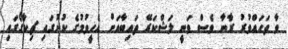
ވާ ތަހައްވުރު ރާނާ ވެސް ވަނީ ލަޝްކަރޭ ތައިބާއަށް އެހީވުމުގެ ކުށުގައި ޗިކާގޯގައި